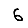
Digit: 6